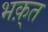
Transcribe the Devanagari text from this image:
भक़्त